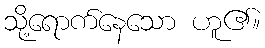
သို့ရောက်နေသော ဟူ၏။